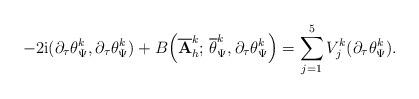
LaTeX: \begin{align*} {\displaystyle -2\mathrm{i}(\partial_{\tau} \theta^{k}_{\Psi},\partial_{\tau}{\theta_{\Psi}^{k}})+ B\Big(\overline{\mathbf{A}}^{k}_{h};\,\overline{\theta}_{\Psi}^{k},\partial_{\tau}{\theta_{\Psi}^{k}}\Big) =\sum_{j=1}^{5}V_{j}^{k}(\partial_{\tau}{\theta_{\Psi}^{k}}) .} \end{align*}